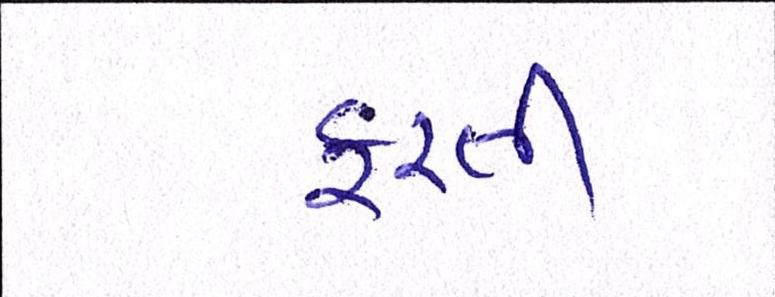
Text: ફરતી